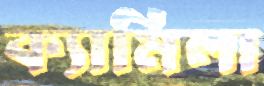
ক্যামিলা